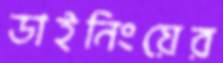
ডাইনিংয়ের